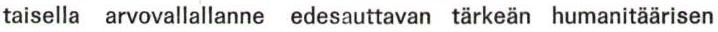
taisella arvovallallanne edesauttavan tärkeän humanitäärisen